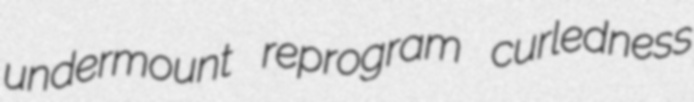
undermount reprogram curledness